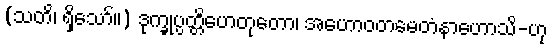
(သတိ၊ ရှိသော်။) ဒုက္ခုပ္ပတ္တိဟေတုတော၊ အဟောဝတမေတံနာဟောသိ-ဟု